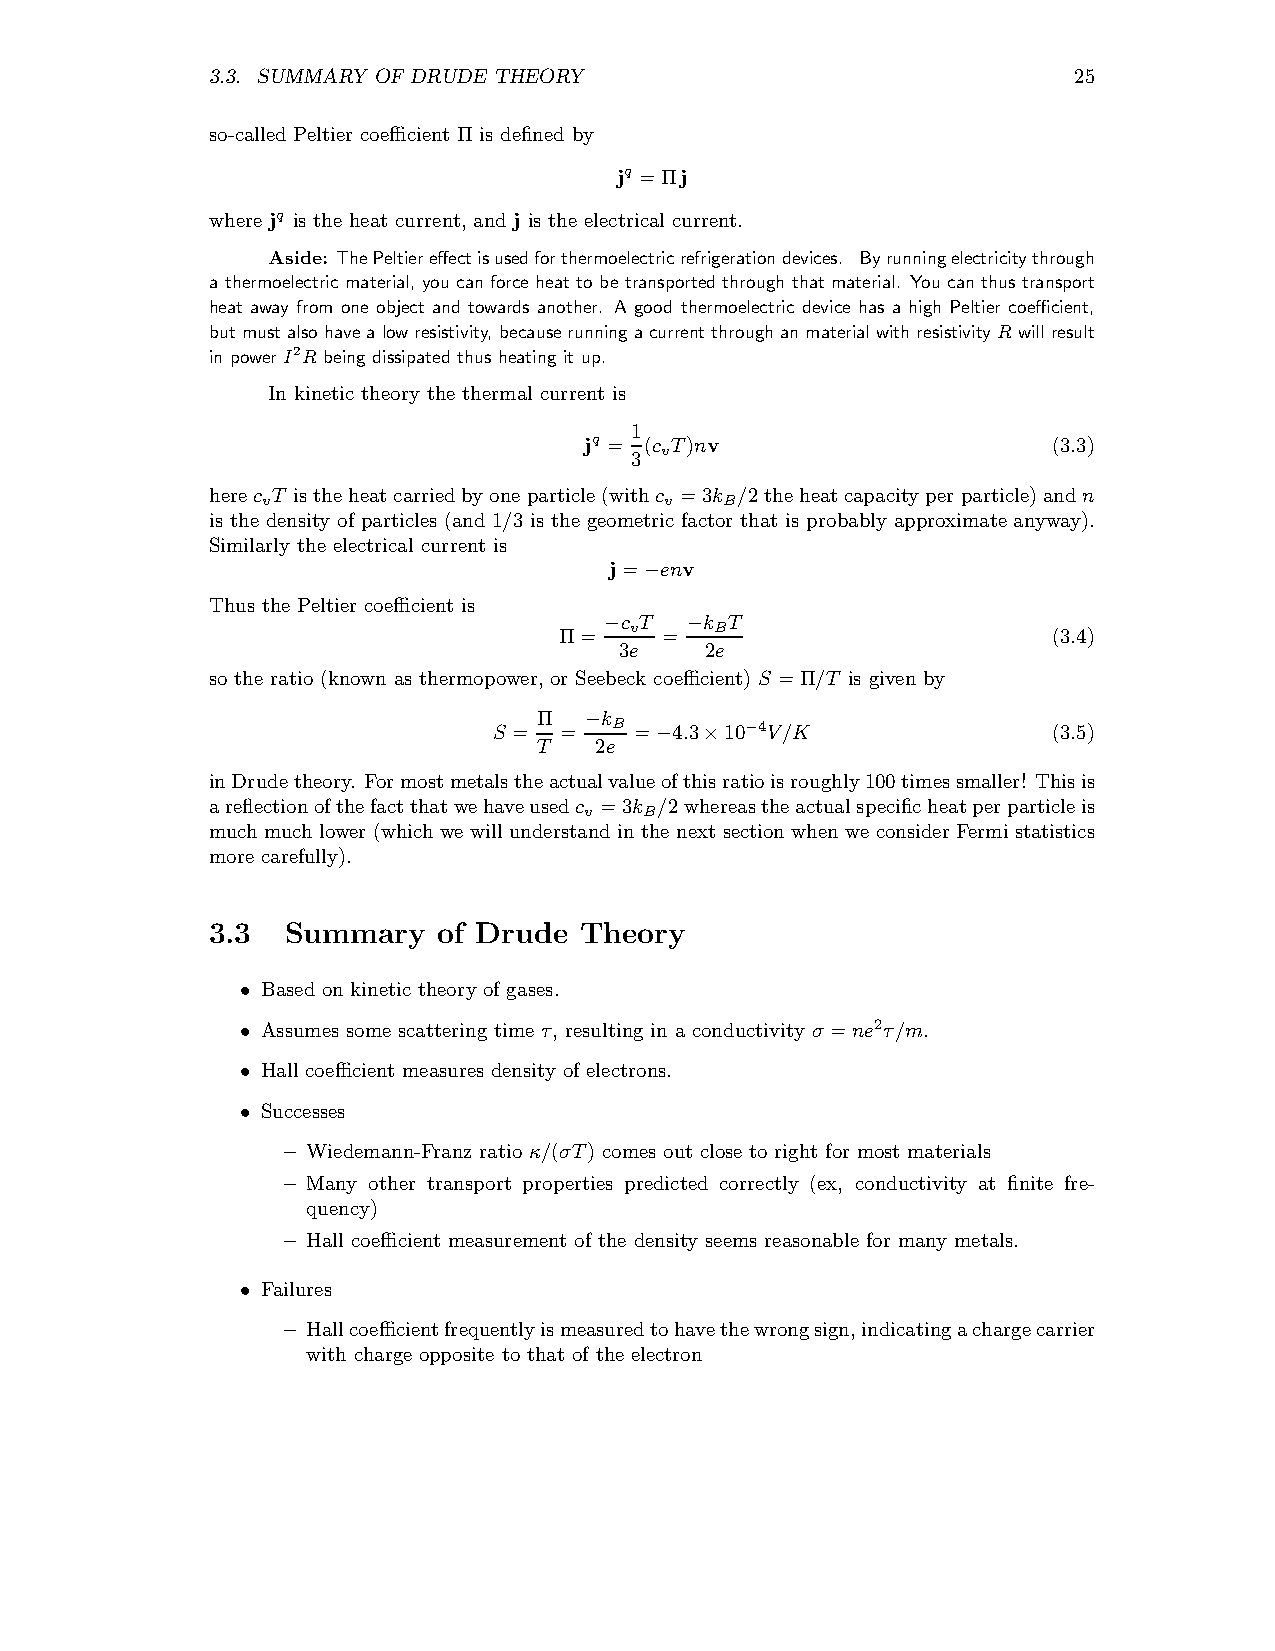
3.3. SUMMARY OF DRUDE THEORY                             25
 so-called Peltier coefficient Π is defined by
 jq =Πj
 where jq is the heat current, and j is the electrical current.
 Aside: ThePeltiereffectisusedforthermoelectricrefrigerationdevices. Byrunningelectricitythrough
 a thermoelectric material, you can force heat to betransported through thatmaterial. You can thus transport
 heat away from one object and towards another. A good thermoelectric device has a high Peltier coefficient,
 butmustalsohavealowresistivity, becauserunningacurrentthroughanmaterialwithresistivity Rwillresult
 in power I2R being dissipated thusheating it up.
 In kinetic theory the thermal current is
 1
 jq = (c T)nv                   (3.3)
 v
 3
 herec T isthe heatcarriedbyoneparticle(withc =3k /2theheatcapacityperparticle)andn
 v                          v   B
 is the density of particles (and 1/3 is the geometric factor that is probably approximate anyway).
 Similarly the electrical current is
 j=  env
 −
 Thus the Peltier coefficient is
 c T   k T
 v    B
 Π= −   = −                       (3.4)
 3e    2e
 so the ratio (known as thermopower, or Seebeck coefficient) S =Π/T is given by
 Π   k
 S = = − B = 4.3 10−4V/K              (3.5)
 T  2e  −   ×
 inDrudetheory. Formostmetalstheactualvalueofthisratioisroughly100timessmaller! Thisis
 areflectionofthefactthatwehaveusedc =3k /2whereastheactualspecificheatperparticleis
 v   B
 much much lower (which we will understand in the next section when we consider Fermi statistics
 more carefully).
 3.3  Summary   of Drude Theory
 Based on kinetic theory of gases.
 •
 Assumes some scattering time τ, resulting in a conductivity σ =ne2τ/m.
 •
 Hall coefficient measures density of electrons.
 •
 Successes
 •
 – Wiedemann-Franz ratio κ/(σT) comes out close to right for most materials
 – Many other transport properties predicted correctly (ex, conductivity at finite fre-
 quency)
 – Hall coefficient measurement of the density seems reasonable for many metals.
 Failures
 •
 – Hallcoefficientfrequentlyismeasuredtohavethewrongsign,indicatingachargecarrier
 with charge opposite to that of the electron